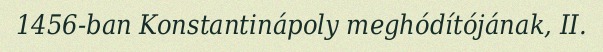
1456-ban Konstantinápoly meghódítójának, II.